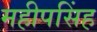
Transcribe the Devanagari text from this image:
महीपसिंह